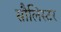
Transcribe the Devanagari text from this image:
सौलिस्टर